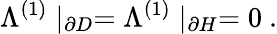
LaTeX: \Lambda^{(1)}\mid_{\partial D}=\Lambda^{(1)}\mid_{\partial H}=0\ .